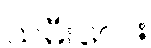
သမီးလေး